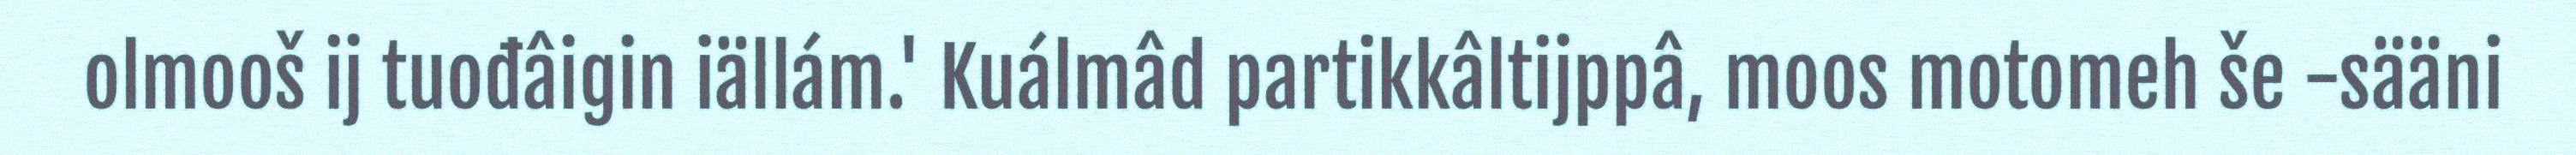
olmooš ij tuođâigin iällám.' Kuálmâd partikkâltijppâ, moos motomeh še -sääni